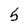
Character: 5